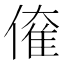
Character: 𠌱